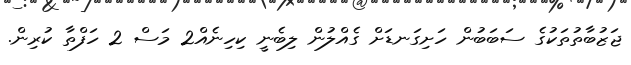
ޖަޒުބާތުތަކުގެ ސަބަބުން ހަށިގަނޑަށް ގެެއްލުން ލިބެނީ ކިހިނެއް2 މަސް 2 ހަފްތާ ކުރިން.